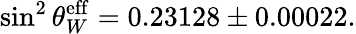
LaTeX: \sin^{2}\theta_{W}^{\mathrm{eff}}=0.23128\pm 0.00022.